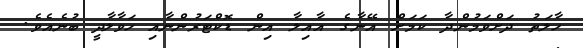
ހާލަތު ދަށްވަމުންދާ ކަމަށް އޭނާގެ އާއިލާ އިން ޑޮކްޓަރުންނާއި ހަވާލާދީ ބުނެއެވެ.